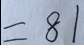
= 8 1